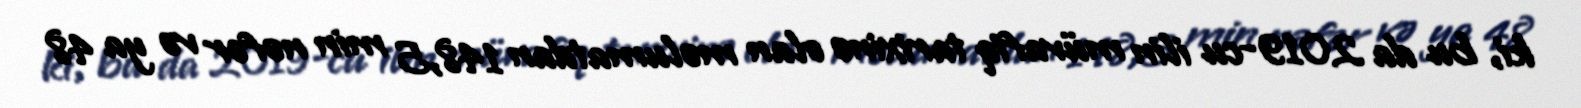
ki, bu da 2019-cu ilin müvafiq tarixinə olan məlumatdan 148,5 min nəfər və ya 48